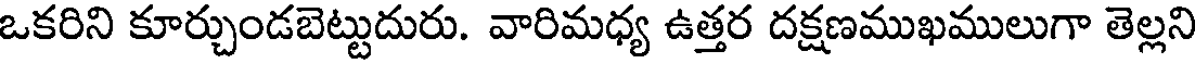
ఒకరిని కూర్చుండబెట్టుదురు. వారిమధ్య ఉత్తర దక్షణముఖములుగా తెల్లని